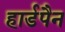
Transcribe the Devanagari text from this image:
हार्डपैन